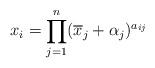
LaTeX: \begin{align*}x_i=\prod_{j=1}^n(\overline x_j+\alpha_j)^{a_{ij}}\end{align*}